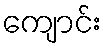
ကျောင်း